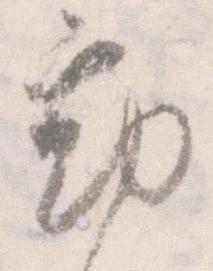
勤